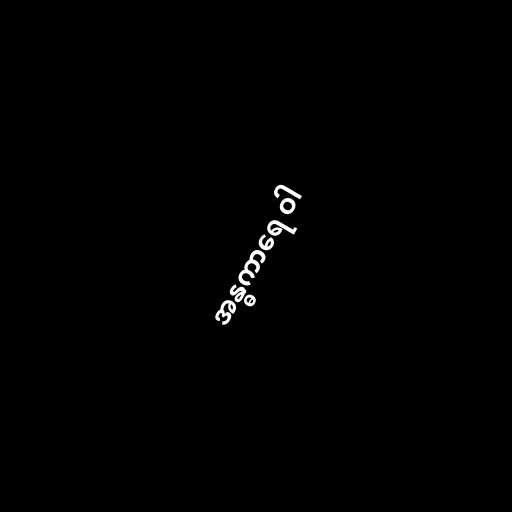
အန္ဓကာရေ ဝါ